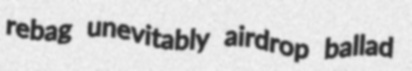
rebag unevitably airdrop ballad